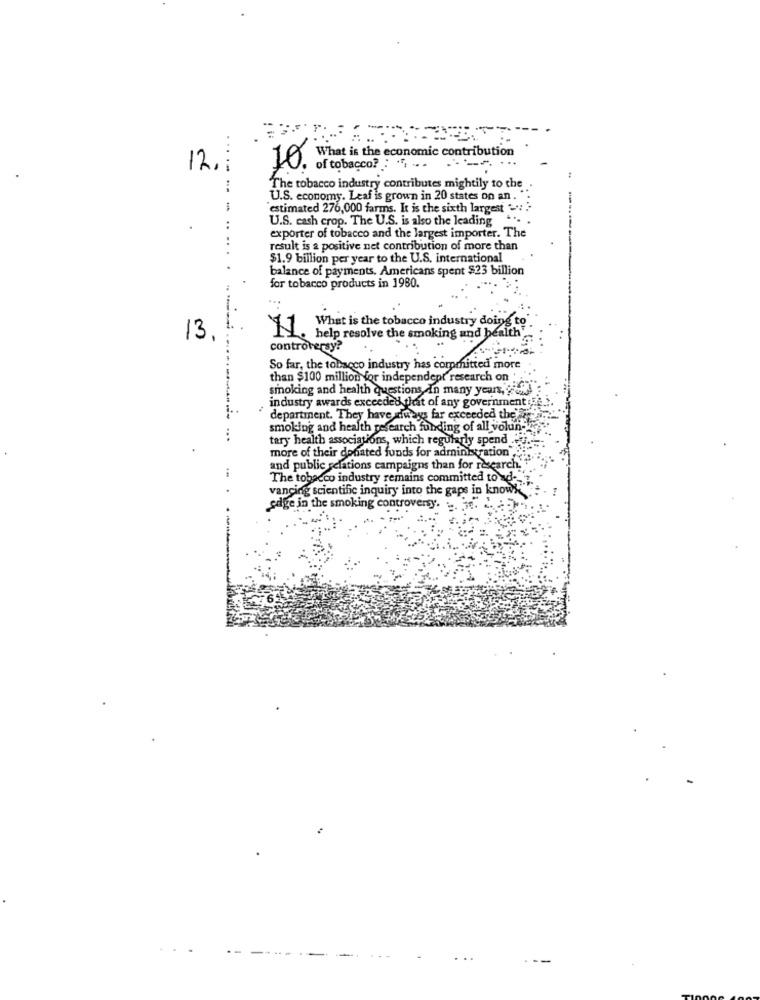
10. What is the economic contribution
12.1
of tobacco? : ". ...
The tobacco industry contributes mightily to the
U.S. economy. Leaf is grown in 20 states on an. ".
'estimated 276,000 farms. It is the sixth largest >: .:
U.S. cash crop. The U.S. is also the leading ...
exporter of tobacco and the largest importer. The
.....
result is a positive net contribution of more than
$1.9 billion per year to the U.S. international
balance of payments. Americans spent $23 billion
for tobacco products in 1980.
What is the tobacco industry doing to
13.
11. help resolve the smoking and health"
controversy?
So far, the tobacco industry has committed more
than $100 million for independent research on
smoking and health questions In many years, y'all
industry awards exceeded that of any government ;E
department. They have always far exceeded the -
smoking and health research funding of all volun-via
tery health associations, which regularly spend
more of their donated funds for administration,
and public relations campaigns than for research.
The tobacco industry remains committed to ad-
vancing scientific inquiry into the gaps in knows"
gage in the smoking controversy.